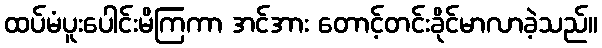
ထပ်မံပူးပေါင်းမိကြကာ အင်အား တောင့်တင်းခိုင်မာလာခဲ့သည်။